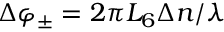
\Delta \varphi _ { \pm } = 2 \pi L _ { 6 } \Delta n / \lambda